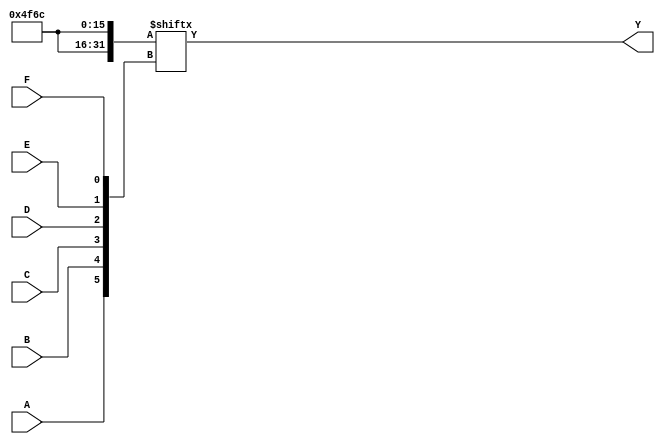
module kmap_6var (
    input wire A, // First variable
    input wire B, // Second variable
    input wire C, // Third variable
    input wire D, // Fourth variable
    input wire E, // Fifth variable
    input wire F, // Sixth variable
    output wire Y // Output variable
);

// Internal wire for K-map output
wire [63:0] kmap; // 4 rows * 16 columns = 64 cells

// K-map logic (example mapping for demonstration)
assign kmap[0]  = 1'b0; // AB=00, CD=00
assign kmap[1]  = 1'b0; // AB=00, CD=01
assign kmap[2]  = 1'b1; // AB=00, CD=11
assign kmap[3]  = 1'b1; // AB=00, CD=10
assign kmap[4]  = 1'b0; // AB=01, CD=00
assign kmap[5]  = 1'b1; // AB=01, CD=01
assign kmap[6]  = 1'b1; // AB=01, CD=11
assign kmap[7]  = 1'b0; // AB=01, CD=10
assign kmap[8]  = 1'b1; // AB=11, CD=00
assign kmap[9]  = 1'b1; // AB=11, CD=01
assign kmap[10] = 1'b1; // AB=11, CD=11
assign kmap[11] = 1'b1; // AB=11, CD=10
assign kmap[12] = 1'b0; // AB=10, CD=00
assign kmap[13] = 1'b0; // AB=10, CD=01
assign kmap[14] = 1'b1; // AB=10, CD=11
assign kmap[15] = 1'b0; // AB=10, CD=10

// (Additional assignments for kmap[16] to kmap[63] would go here based on your K-map)

// Determine the row and column indices based on A, B, C, D, E, F
wire [1:0] row;
wire [3:0] col;

assign row = {A, B}; // Row index (2 bits)
assign col = {C, D, E, F}; // Column index (4 bits)

// Output Y is determined by the K-map cell corresponding to (row, col)
assign Y = kmap[{row, col}];

endmodule